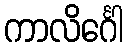
ကာလိင်္ဂေါ